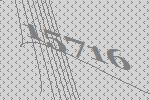
15716